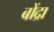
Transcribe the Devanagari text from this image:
बोंद्रा